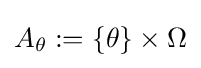
A_{\theta }:=\lbrace \theta \rbrace \times \Omega